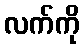
လက်ကို